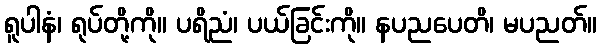
ရူပါနံ၊ ရုပ်တို့ကို။ ပရိညံ၊ ပယ်ခြင်းကို။ နပညပေတိ၊ မပညတ်။